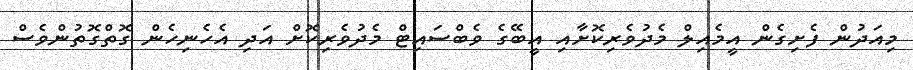
މިއަދުން ފެށިގެން އީމެއިލް މެދުވެރިކޮށާއި އީބޭގެ ވެބްސައިޓް މެދުވެރިކޮށް އަދި އެހެނިހެން ގޮތްގޮތުންވެސް